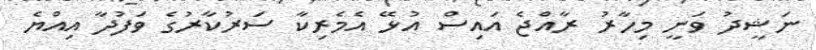
ނަޝީދު ވަނީ މިހާރު ރާއްޖެ އައިސް އުޅޭ އެމެރިކާ ސަރުކާރުގެ ވަފުދާ އިއްޔެ